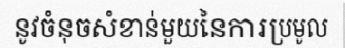
នូវចំនុចសំខាន់មួយនៃការប្រមូល